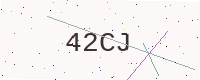
Text: 42CJ